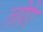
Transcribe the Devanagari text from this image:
लोगेा